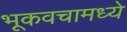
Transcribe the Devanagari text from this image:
भूकवचामध्ये